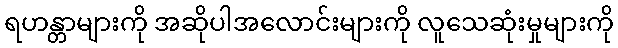
ရဟန္တာများကို အဆိုပါအလောင်းများကို လူသေဆုံးမှုများကို